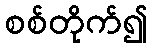
စစ်တိုက်၍